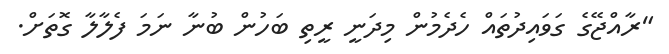
"ރާއްޖޭގެ ގަވައިދުތައް ހެދެމުން މިދަނީ ރީތި ބަހުން ބުނާ ނަމަ ފެލާލާ ގޮތަށް.